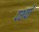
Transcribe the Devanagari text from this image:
दशवाँ